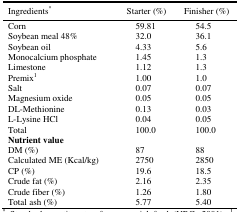
<table><thead><tr><td><b>Ingredients<sup>*</sup></b></td><td><b>Starter (%)</b></td><td><b>Finisher (%)</b></td></tr></thead><tbody><tr><td>Corn</td><td> 59.81</td><td> 54.5</td></tr><tr><td>Soybean meal 48%</td><td> 32.0</td><td> 36.1</td></tr><tr><td>Soybean oil</td><td> 4.33</td><td> 5.6</td></tr><tr><td>Monocalcium phosphate</td><td> 1.45</td><td> 1.3</td></tr><tr><td>Limestone</td><td> 1.12</td><td> 1.3</td></tr><tr><td>Premix<sup>1</sup></td><td> 1.00</td><td> 1.0</td></tr><tr><td>Salt</td><td> 0.07</td><td> 0.07</td></tr><tr><td>Magnesium oxide</td><td> 0.05</td><td> 0.05</td></tr><tr><td>DL-Methionine</td><td> 0.13</td><td> 0.03</td></tr><tr><td>L-Lysine HCl</td><td> 0.04</td><td> 0.05</td></tr><tr><td>Total</td><td> 100.0</td><td> 100.0</td></tr><tr><td colspan="3"><b>Nutrient value</b></td></tr><tr><td>DM (%)</td><td> 87</td><td> 88</td></tr><tr><td>Calculated ME (Kcal/kg)</td><td> 2750</td><td> 2850</td></tr><tr><td>CP (%)</td><td> 19.6</td><td> 18.5</td></tr><tr><td>Crude fat (%)</td><td> 2.16</td><td> 2.35</td></tr><tr><td>Crude fiber (%)</td><td> 1.26</td><td> 1.80</td></tr></tbody></table>